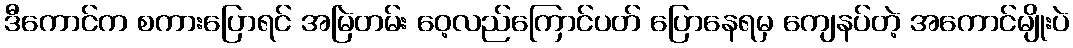
ဒီကောင်က စကားပြောရင် အမြဲတမ်း ဝေ့လည်ကြောင်ပတ် ပြောနေရမှ ကျေနပ်တဲ့ အကောင်မျိုးပဲ